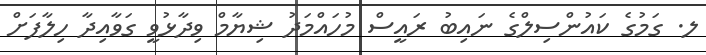
ލ. ގަމުގެ ކައުންސިލްގެ ނައިބު ރައީސް މުހައްމަދު ޝިޔާމް ވިދާޅުވީ ގަވާއިދާ ހިލާފަށް